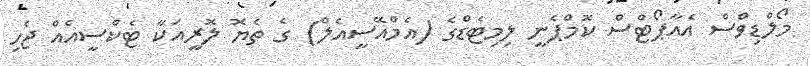
މޯލްޑިވްސް އެއާޕޯޓްސް ކޮމްޕެނީ ލިމިޓެޑްގެ (އެމްއޭސީއެލް) ގެ ތެޔޮ ލޮރީއަކާ ޓެކްސީއެއް ޖެހި